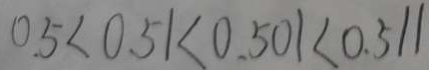
0 . 5 < 0 . 5 1 < 0 . 5 0 1 < 0 . 5 1 1